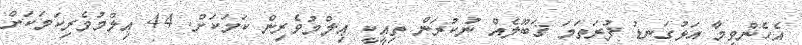
އެހެންވީމާ އަޅުގަނޑު ފުރަތަމަ ޤަބޫލެއް ނުކުރަން ތިއީކީ ޢިލްމުވެރިން ކަމަކަށް. 44 ޢިލްމުވެރިކަމަކަށް